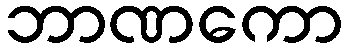
ဘာဏကော